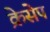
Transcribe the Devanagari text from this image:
क्रेसेप